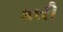
કારી